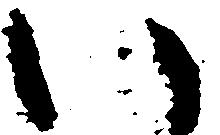
い